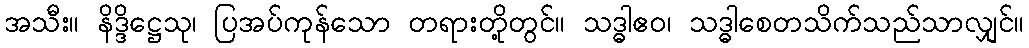
အသီး။ နိဒ္ဒိဋ္ဌေသု၊ ပြအပ်ကုန်သော တရားတို့တွင်။ သဒ္ဓါဧဝ၊ သဒ္ဓါစေတသိက်သည်သာလျှင်။